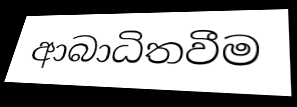
ආබාධිතවීම